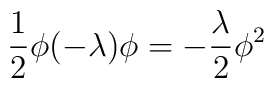
\frac{1}{2}\phi(-\lambda)\phi=-\frac{\lambda}{2}\phi^2